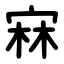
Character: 㝝